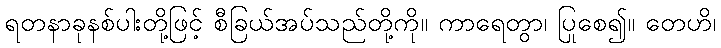
ရတနာခုနစ်ပါးတို့ဖြင့် စီခြယ်အပ်သည်တို့ကို။ ကာရေတွာ၊ ပြုစေ၍။ တေဟိ၊